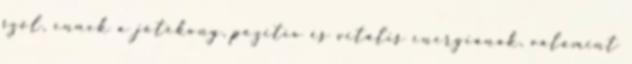
szól, ennek a jótékony, pozitív és vitális energiának, valamint